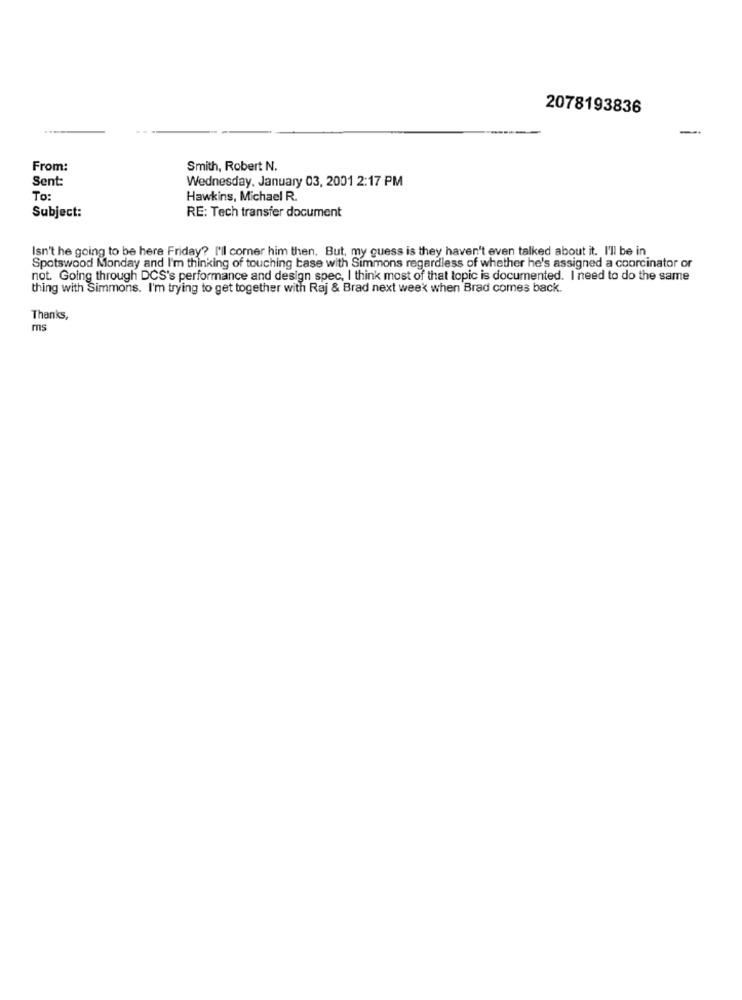
2078193836
-
From:
Smith, Robert N.
Sent:
Wednesday, January 03, 2001 2:17 PM
To:
Hawkins, Michael R.
RE: Tech transfer document
Subject:
Isn't he going to be here Friday? I'll comer him then. But, my guess is they haven't even talked about it. I'll be in
Spotswood Monday and I'm thinking of touching base with Simmons regardless of whether he's assigned a coorcinator or
not. Going through DCS's performance and design spec, I think most of that topic is documented. I need to do the same
thing with Simmons. I'm trying to get together with Raj & Brad next week when Brad comes back.
Thanks,
ms